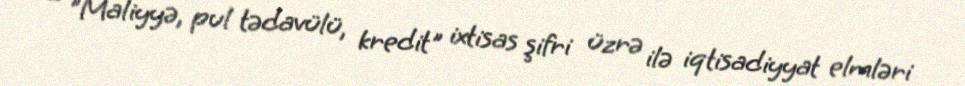
– "Maliyyə, pul tədavülü, kredit" ixtisas şifri üzrə ilə iqtisadiyyat elmləri